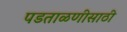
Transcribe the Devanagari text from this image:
पडताळणीसाठी